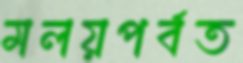
মলয়পর্বত